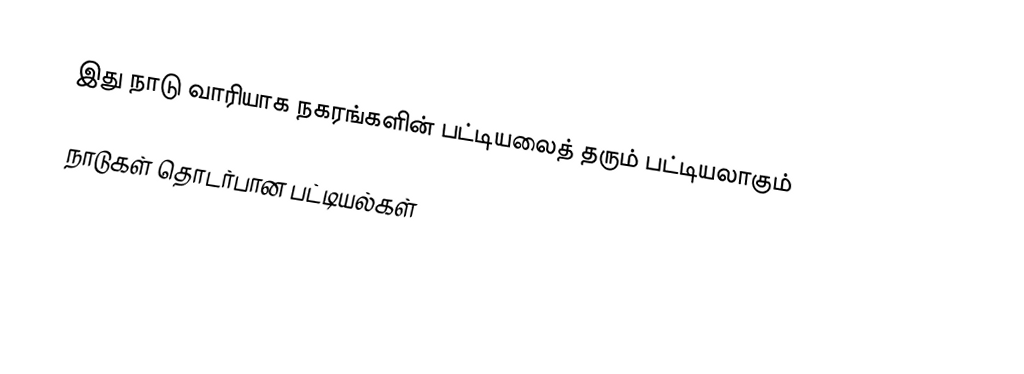
இது நாடு வாரியாக நகரங்களின் பட்டியலைத் தரும் பட்டியலாகும்

நாடுகள் தொடர்பான பட்டியல்கள்